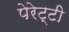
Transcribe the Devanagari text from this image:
पेरेट्टी